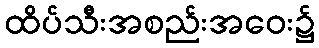
ထိပ်သီးအစည်းအဝေး၌